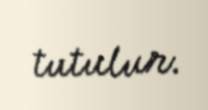
tutulur.